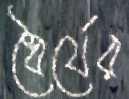
ধৈর্যের